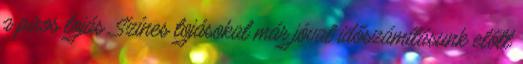
a piros tojás. Színes tojásokat már jóval időszámításunk előtt